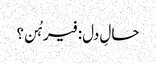
حالِ دل: فیرہُن؟